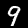
Digit: 9